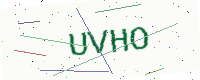
Text: UVHO